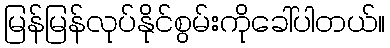
မြန်မြန်လုပ်နိုင်စွမ်းကိုခေါ်ပါတယ်။